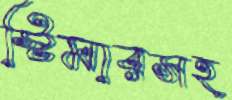
স্টিমারসহ